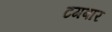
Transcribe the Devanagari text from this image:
टगबार